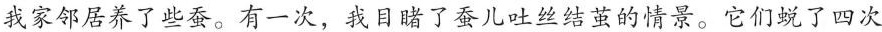
我家邻居养了些蚕。有一次，我目睹了蚕儿吐丝结茧的情景。它们蜕了四次